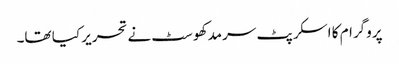
پروگرام کا اسکرپٹ سرمد کھوسٹ نے تحریر کیا تھا۔